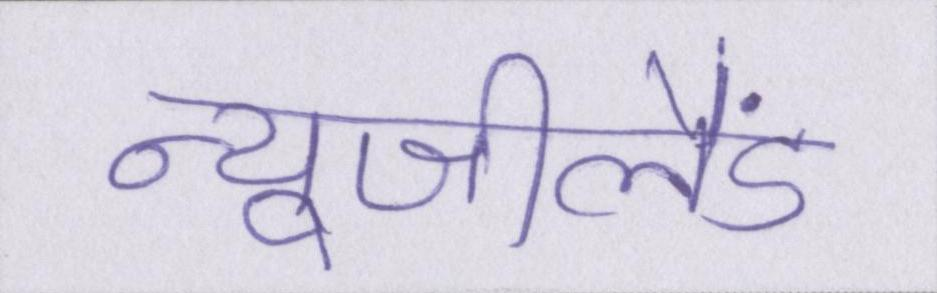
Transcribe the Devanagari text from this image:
न्यूजीलैंड